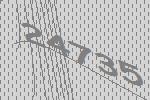
24735